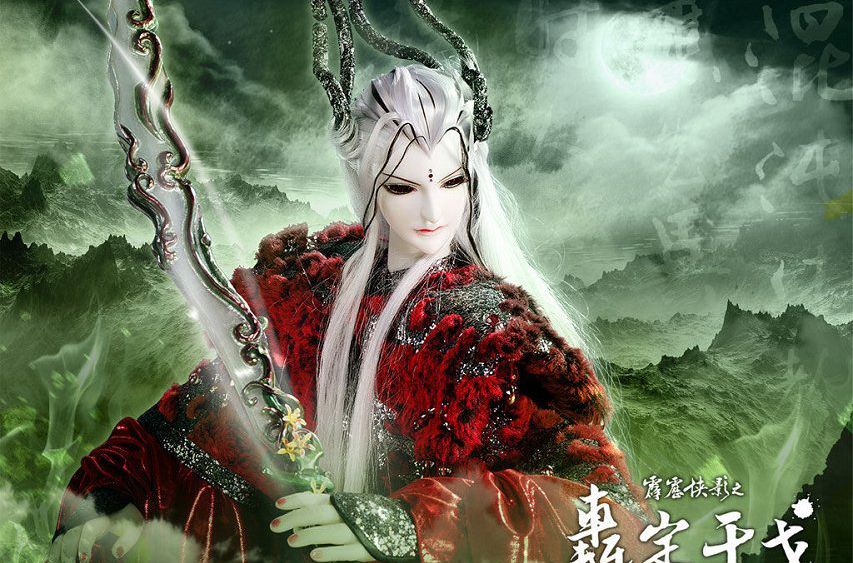
湘波如泪色漻漻，楚厉迷魂逐恨遥。